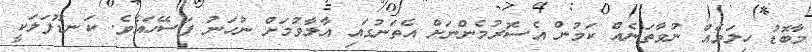
މާބޮޑު ހިލަމެއް ނުވާތަނެއް ކަމުން އެެެސޮރުމެންނަށް އެތަނުގައި އާލާވުމަށް ނުހަނު ފަސޭހައެވެ. ކަނޑޫފަލަކީ